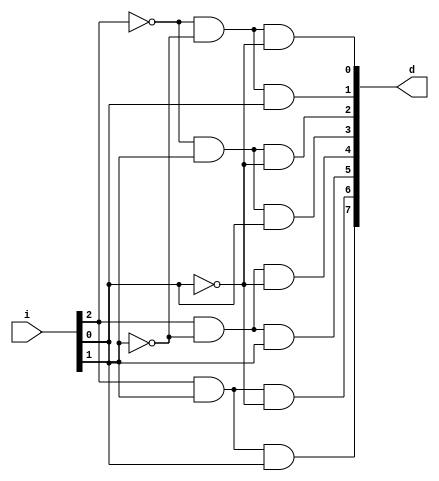
module Decoder3x8(
  input [2:0] i,
  output [7:0] d
);

assign d[0] = ~i[2] && ~i[1] && ~i[0];
assign d[1] = ~i[2] && ~i[1] && i[0];
assign d[2] = ~i[2] && i[1] && ~i[0];
assign d[3] = ~i[2] && i[1] && i[0];
assign d[4] = i[2] && ~i[1] && ~i[0];
assign d[5] = i[2] && ~i[1] && i[0];
assign d[6] = i[2] && i[1] && ~i[0];
assign d[7] = i[2] && i[1] && i[0];

endmodule